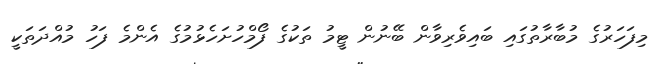
މިފަހަރުގެ މުބާރާތުގައި ބައިވެރިވާން ބޭނުން ޓީމު ތަކުގެ ފޯމްހުށަހެޅުމުގެ އެންމެ ފަހު މުއްދަތަކީ